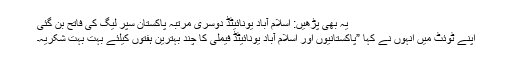
یہ بھی پڑھیں: اسلام آباد یونائیٹڈ دوسری مرتبہ پاکستان سپر لیگ کی فاتح بن گئی
اپنے ٹوئٹ میں انہوں نے کہا ”پاکستانیوں اور اسلام آباد یونائیٹڈ فیملی کا چند بہترین ہفتوں کیلئے بہت بہت شکریہ۔